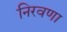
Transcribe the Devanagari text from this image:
निरवणा